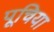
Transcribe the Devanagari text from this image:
पूचिया